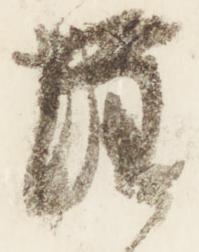
注